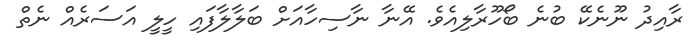
ރާއިދު ނޫނެކޭ ބުނެ ބޯހޫރާލިއެވެ. އޭނާ ނާސިހާއަށް ބަލާލާފައި ހީލީ އަސަރެއް ނެތް